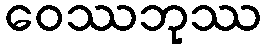
ဝေဿဘုဿ